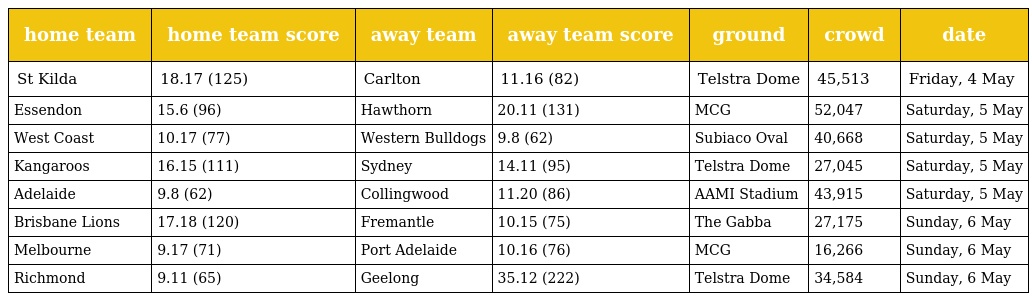
| home team | home team score | away team | away team score | ground | crowd | date |
 | --- | --- | --- | --- | --- | --- | --- |
 | St Kilda | 18.17 (125) | Carlton | 11.16 (82) | Telstra Dome | 45,513 | Friday, 4 May |
 | Essendon | 15.6 (96) | Hawthorn | 20.11 (131) | MCG | 52,047 | Saturday, 5 May |
 | West Coast | 10.17 (77) | Western Bulldogs | 9.8 (62) | Subiaco Oval | 40,668 | Saturday, 5 May |
 | Kangaroos | 16.15 (111) | Sydney | 14.11 (95) | Telstra Dome | 27,045 | Saturday, 5 May |
 | Adelaide | 9.8 (62) | Collingwood | 11.20 (86) | AAMI Stadium | 43,915 | Saturday, 5 May |
 | Brisbane Lions | 17.18 (120) | Fremantle | 10.15 (75) | The Gabba | 27,175 | Sunday, 6 May |
 | Melbourne | 9.17 (71) | Port Adelaide | 10.16 (76) | MCG | 16,266 | Sunday, 6 May |
 | Richmond | 9.11 (65) | Geelong | 35.12 (222) | Telstra Dome | 34,584 | Sunday, 6 May |